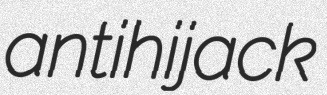
antihijack